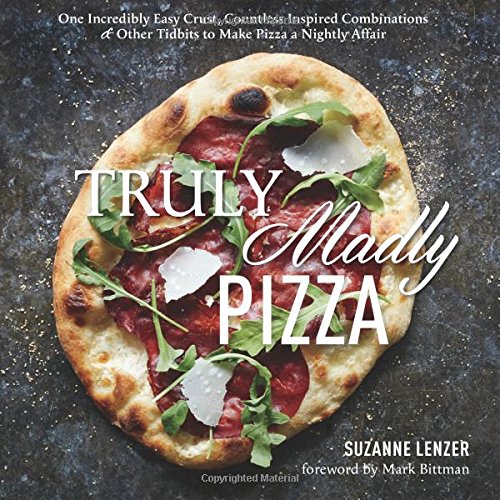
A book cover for Truly Madly Pizza: One Incredibly Easy Crust, Countless Inspired Combinations & Other Tidbits to Make Pizza a Nightly Affair; Suzanne Lenzer; Cookbooks, Food & Wine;